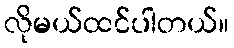
လိုမယ်ထင်ပါတယ်။